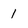
Character: 1